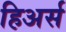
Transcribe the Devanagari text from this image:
हिअर्स